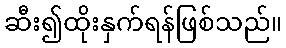
ဆီး၍ထိုးနှက်ရန်ဖြစ်သည်။